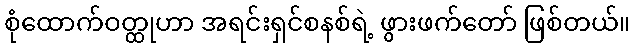
စုံထောက်ဝတ္ထုဟာ အရင်းရှင်စနစ်ရဲ့ ဖွားဖက်တော် ဖြစ်တယ်။